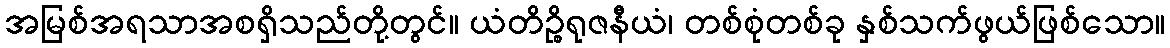
အမြစ်အရသာအစရှိသည်တို့တွင်။ ယံတိဉ္စိရုဇနီယံ၊ တစ်စုံတစ်ခု နှစ်သက်ဖွယ်ဖြစ်သော။